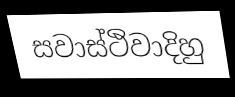
සවාස්ථිවාදිහු